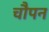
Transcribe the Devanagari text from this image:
चौपन